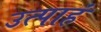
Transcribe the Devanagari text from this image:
उत्पाहं